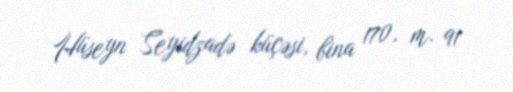
Hüseyn Seyidzadə küçəsi, bina 170, m. 91